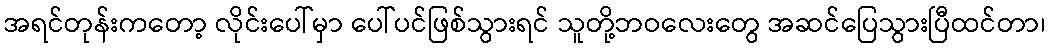
အရင်တုန်းကတော့ လိုင်းပေါ်မှာ ပေါ်ပင်ဖြစ်သွားရင် သူတို့ဘဝလေးတွေ အဆင်ပြေသွားပြီထင်တာ၊